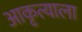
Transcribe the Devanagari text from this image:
आकृत्याला